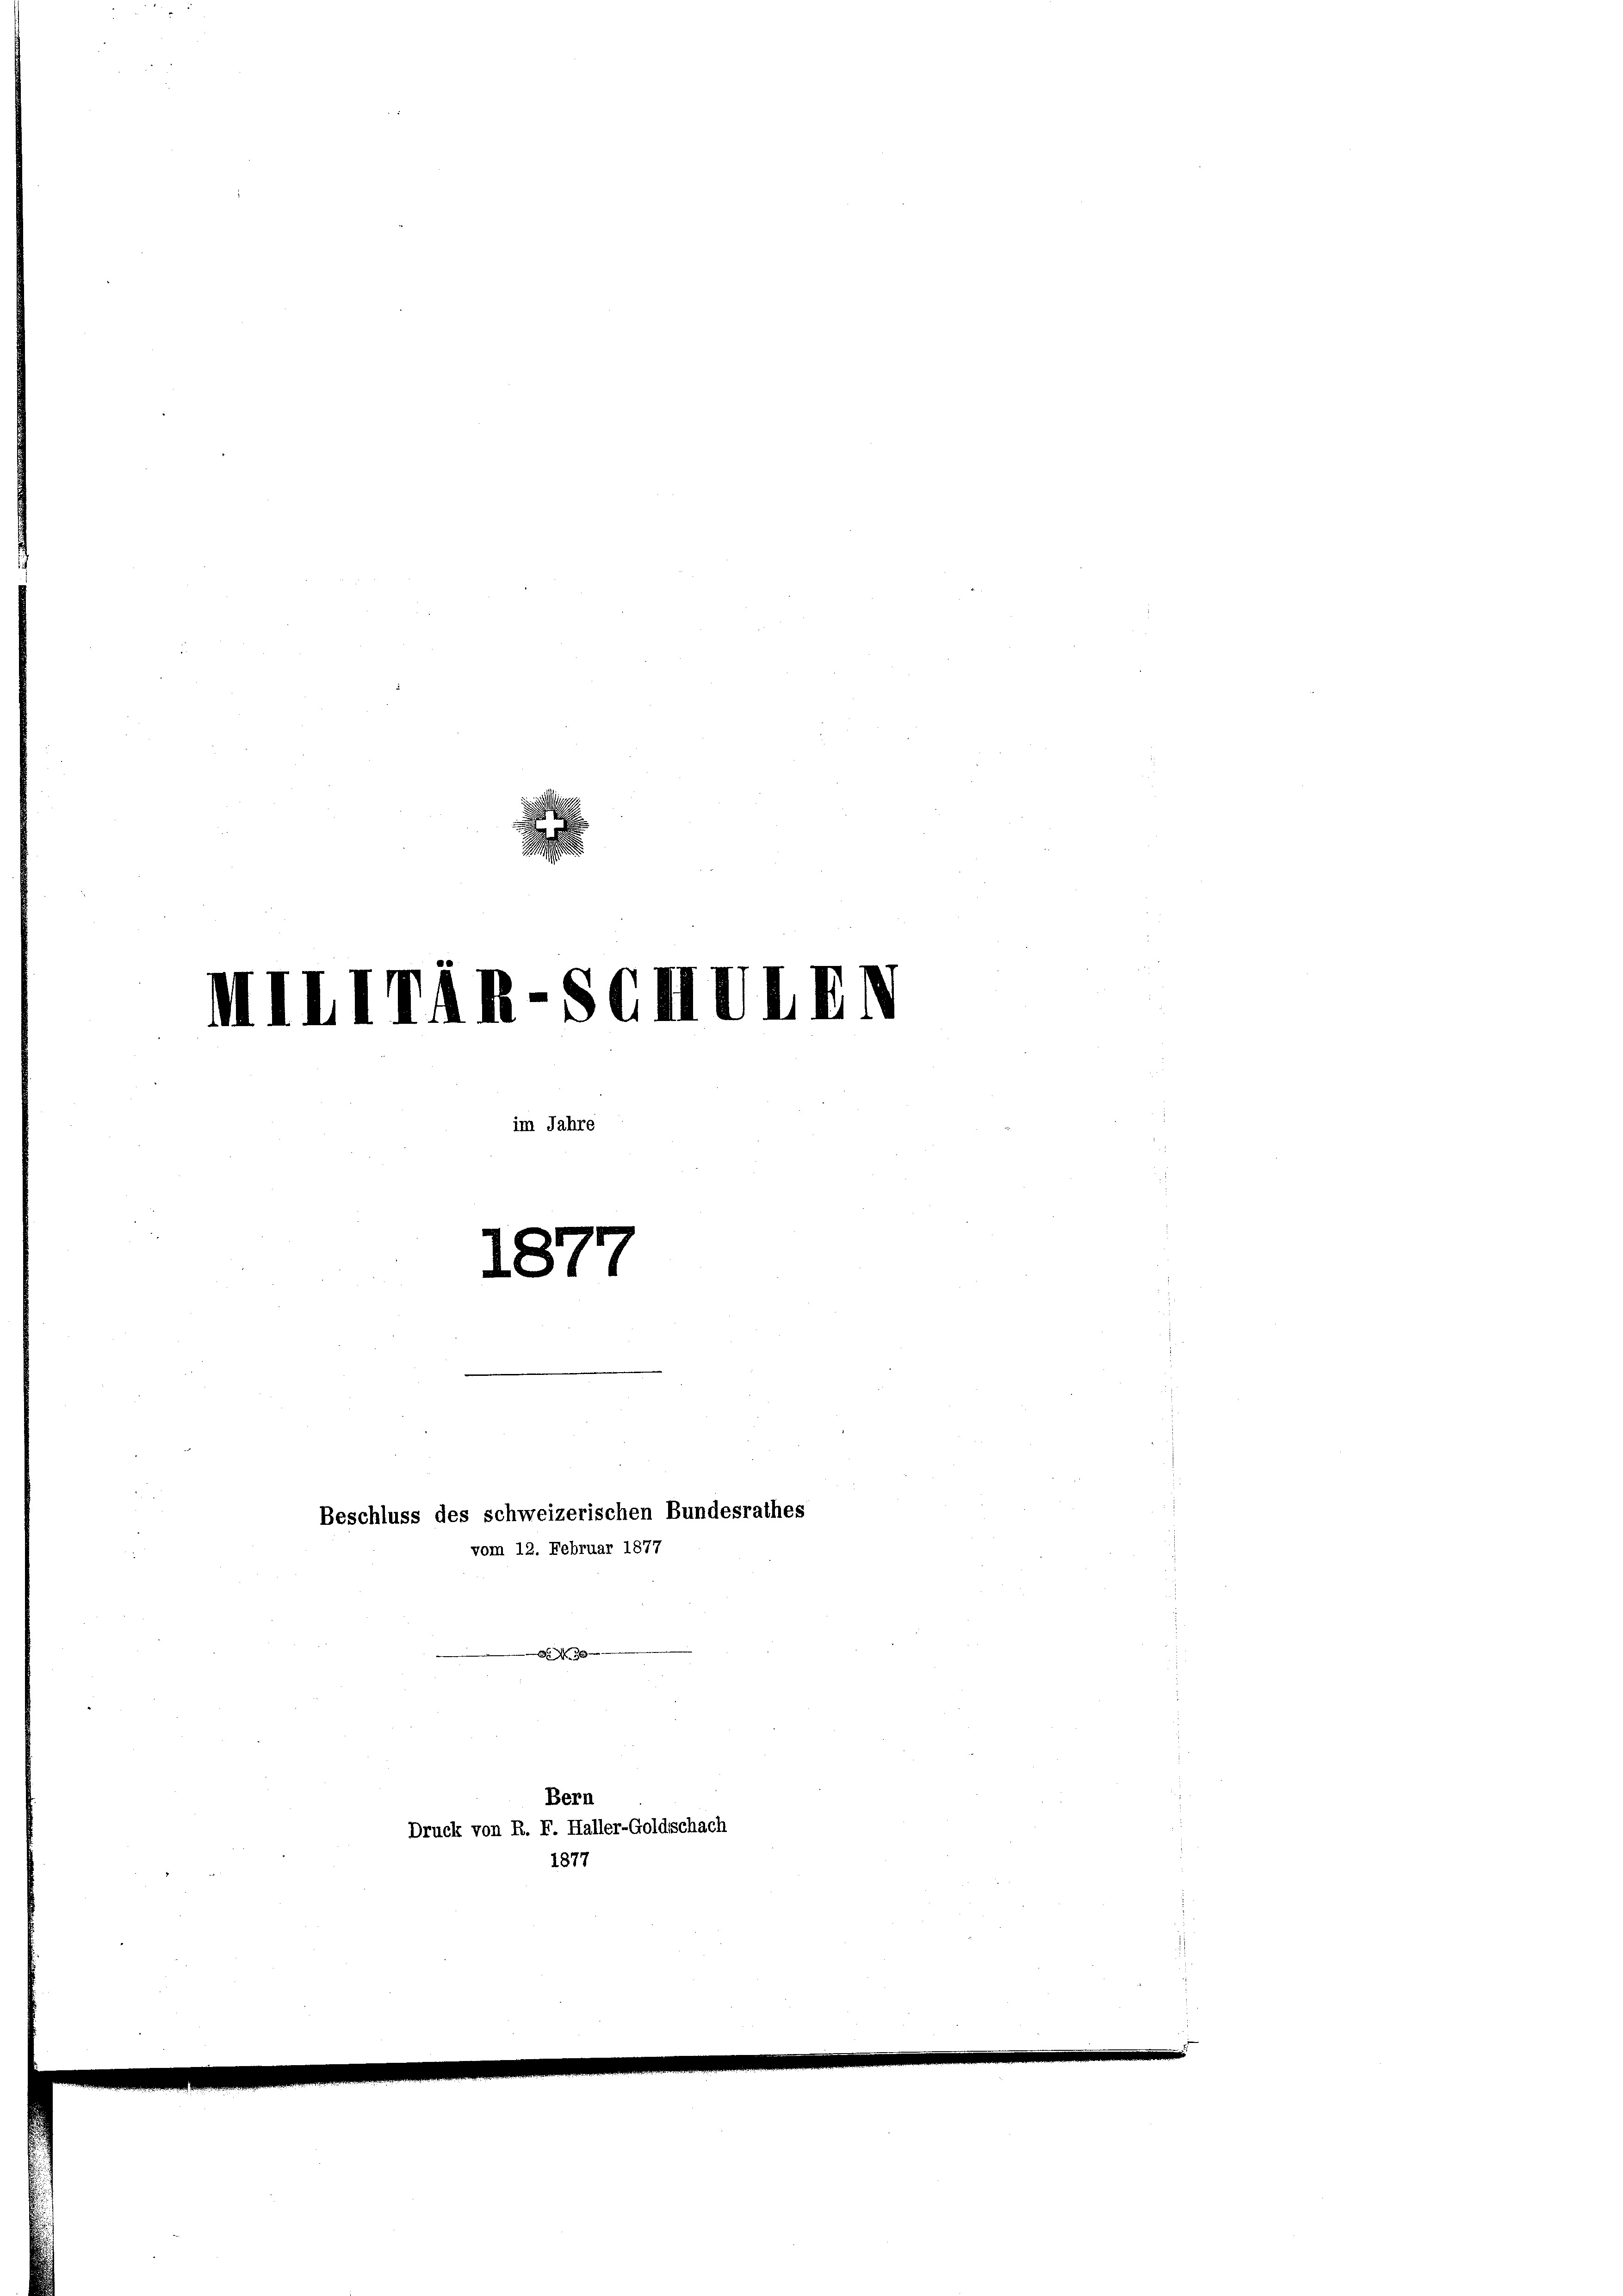
IIIIITÄn-Sch
im Jahre
1877

Beschluss des schweizerischen Bundesrathes
vom 12. Februar 1877

30 x
Bern
Druck von R. F. Haller-Goldschach
1877